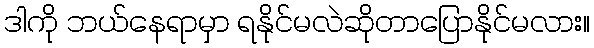
ဒါကို ဘယ်နေရာမှာ ရနိုင်မလဲဆိုတာပြောနိုင်မလား။